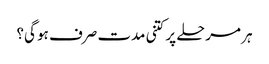
ہر مرحلے پر کتنی مدت صرف ہو گی؟